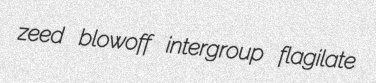
zeed blowoff intergroup flagilate